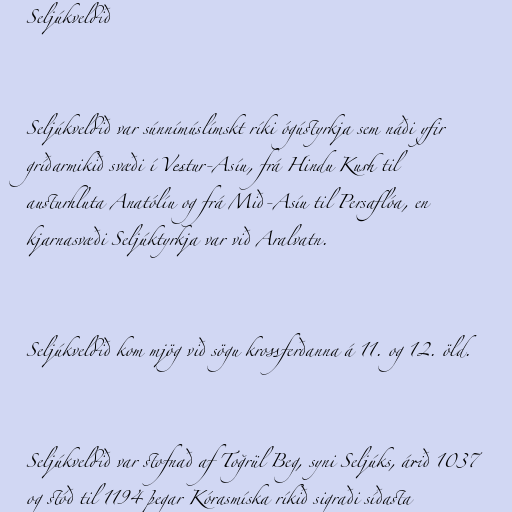
Seljúkveldið

Seljúkveldið var súnnímúslímskt ríki ógústyrkja sem náði yfir
gríðarmikið svæði í Vestur-Asíu, frá Hindu Kush til
austurhluta Anatólíu og frá Mið-Asíu til Persaflóa, en
kjarnasvæði Seljúktyrkja var við Aralvatn.

Seljúkveldið kom mjög við sögu krossferðanna á 11. og 12. öld.

Seljúkveldið var stofnað af Toğrül Beg, syni Seljúks, árið 1037
og stóð til 1194 þegar Kórasmíska ríkið sigraði síðasta